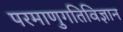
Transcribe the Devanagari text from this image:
परमाणुगतिविज्ञान